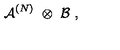
{ \mathcal A } ^ { ( N ) } \ \otimes \ { \mathcal B } \ ,